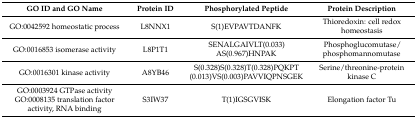
<table><thead><tr><td><b>GO ID and GO Name</b></td><td><b>Protein ID</b></td><td><b>Phosphorylated Peptide</b></td><td><b>Protein Description</b></td></tr></thead><tbody><tr><td>GO:0042592 homeostatic process</td><td>L8NNX1</td><td>S(1)EVPAVTDANFK</td><td>Thioredoxin: cell redox homeostasis</td></tr><tr><td>GO:0016853 isomerase activity</td><td>L8P1T1</td><td>SENALGAIVLT(0.033)AS(0.967)HNPAK</td><td>Phosphoglucomutase/phosphomannomutase</td></tr><tr><td>GO:0016301 kinase activity</td><td>A8YB46</td><td>S(0.328)S(0.328)T(0.328)PQKPT(0.013)VS(0.003)PAVVIQPNSGEK</td><td>Serine/threonine-protein kinase C</td></tr><tr><td>GO:0003924 GTPase activityGO:0008135 translation factor activity, RNA binding</td><td>S3IW37</td><td>T(1)IGSGVISK</td><td>Elongation factor Tu</td></tr></tbody></table>